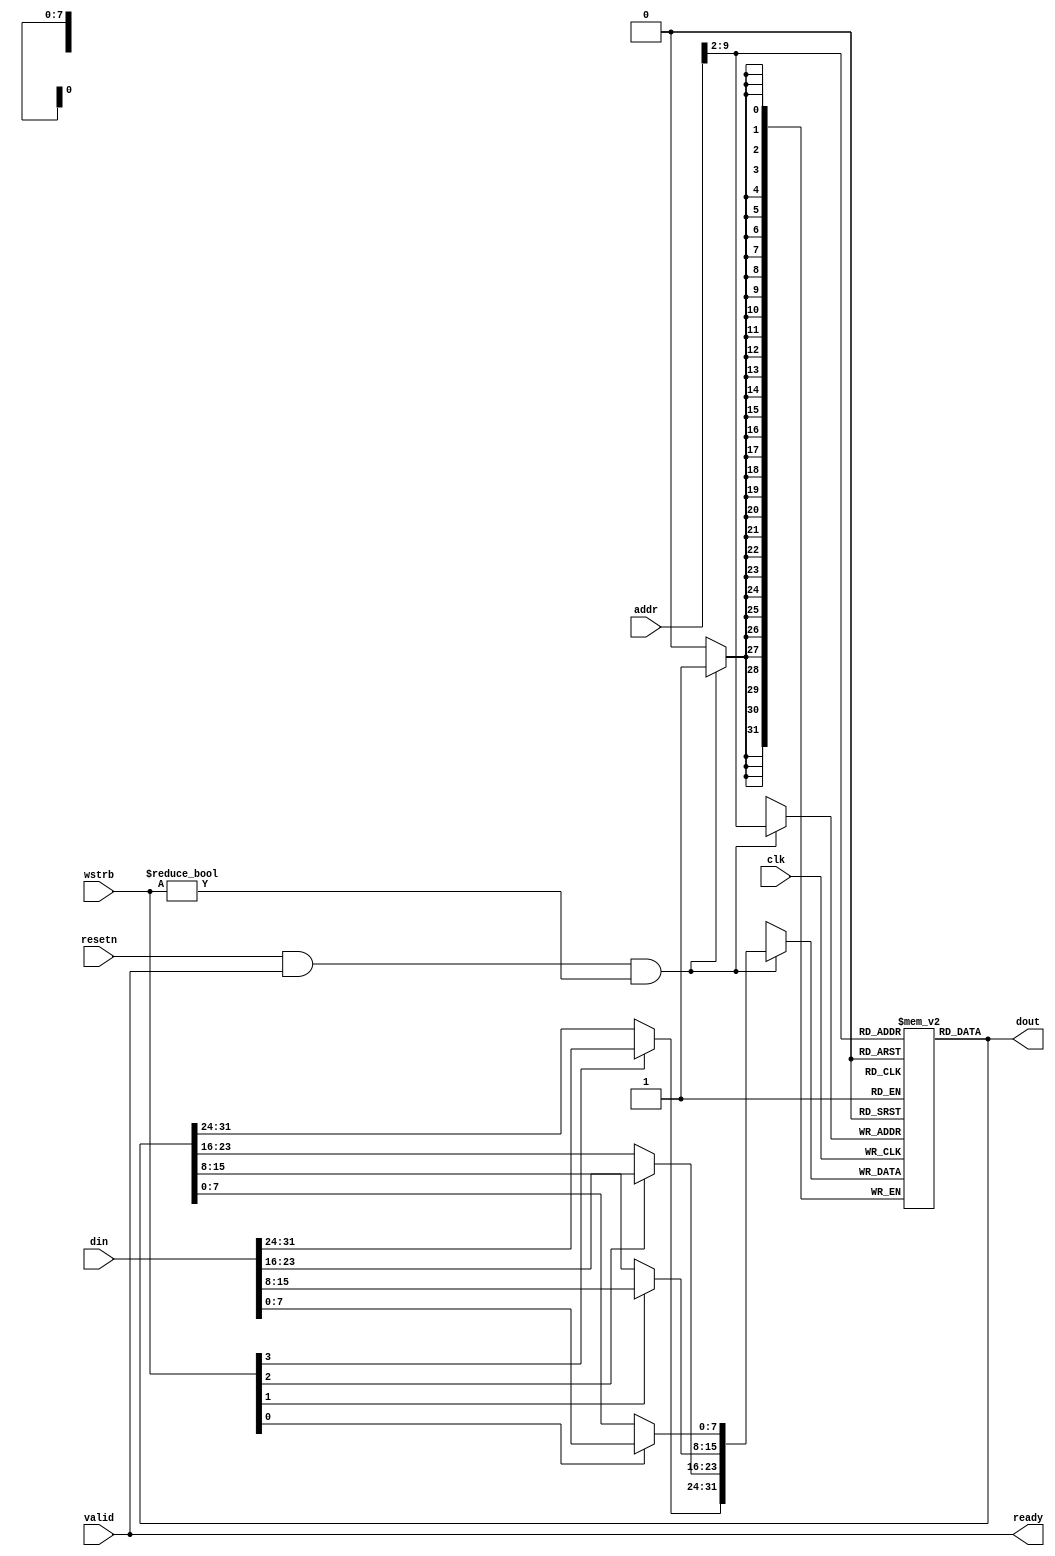
// This program was cloned from: https://github.com/katherinezhao02/karatroc-hsm
// License: MIT License

`timescale 1 ns / 1 ps

module fram #(
    parameter ADDR_BITS = 10
) (
    input clk,
    input resetn,
    input valid,
    input [31:0] addr,
    input [31:0] din,
    input [3:0] wstrb,
    output [31:0] dout,
    output ready
);

wire [ADDR_BITS-3:0] idx = addr[ADDR_BITS-1:2];
reg [31:0] fram [(2**(ADDR_BITS-2))-1:0];

wire [31:0] din_masked = {wstrb[3] ? din[31:24] : fram[idx][31:24],
    wstrb[2] ? din[23:16] : fram[idx][23:16],
    wstrb[1] ? din[15:8] : fram[idx][15:8],
    wstrb[0] ? din[7:0] : fram[idx][7:0]};

always @(posedge clk) begin
    if (resetn && valid && wstrb != 4'b0000) begin
        fram[idx] <= din_masked;
    end
end

assign dout = fram[idx];
assign ready = valid; // always ready

endmodule